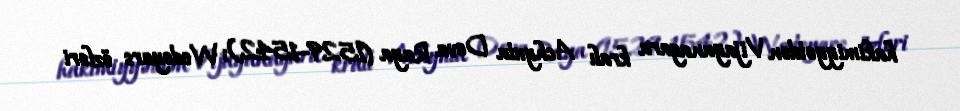
hakimiyyətdən Vijayanagara kralı Achyuta Deva Raya (1529–1542); Wodeyars özləri